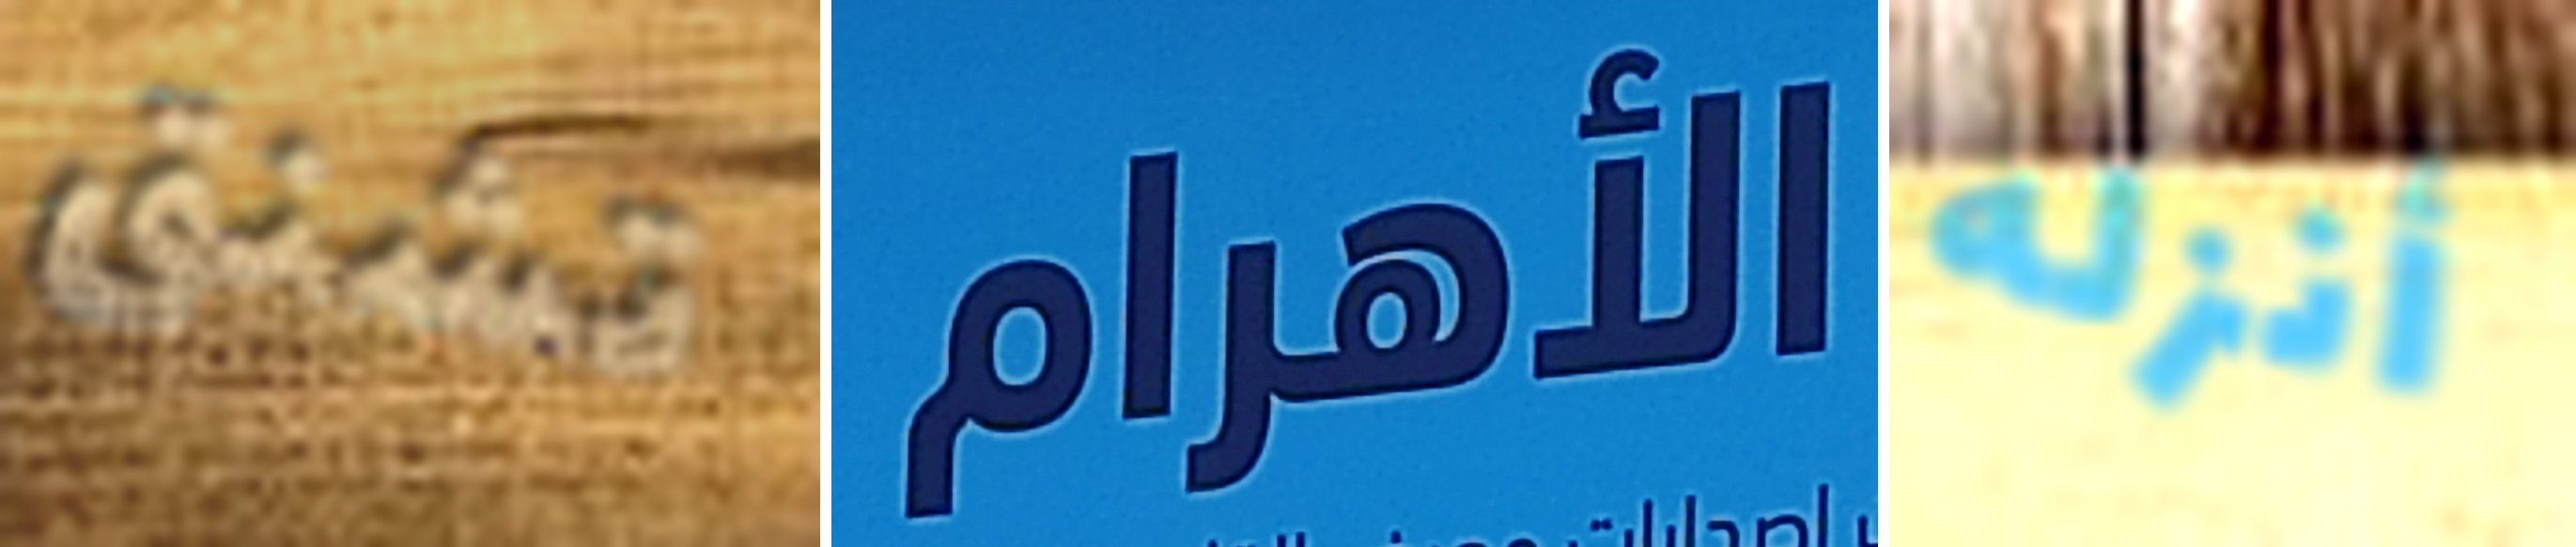
تشنق الأهرام أنزله